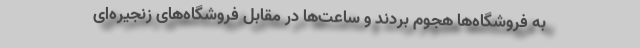
به فروشگاه‌ها هجوم بردند و ساعت‌ها در مقابل فروشگاه‌های زنجیره‌ای